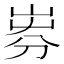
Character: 𡸐